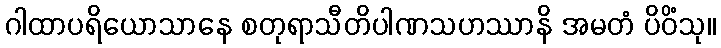
ဂါထာပရိယောသာနေ စတုရာသီတိပါဏသဟဿာနိ အမတံ ပိဝိံသု။